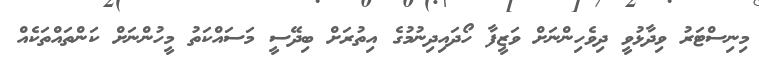
މިނިސްޓަރު ވިދާޅުވީ ދިވެހިންނަށް ވަޒީފާ ހޯދައިދިނުމުގެ އިތުރަށް ބިދޭސީ މަސައްކަތު މީހުންނަށް ކަންތައްތަކެއް